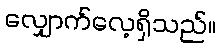
လျှောက်လေ့ရှိသည်။